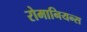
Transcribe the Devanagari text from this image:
रोमानियन्स